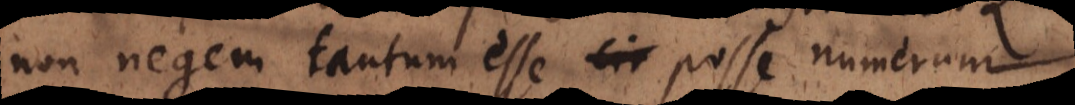
non negem tantum esse posse numerum